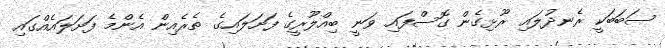
ސަބަބަކީ ރެނދުލައި ރޫޅިގެން ގޮސްފައި ވަނީ ބިއްލޫރީގެ ފަށަލައިގެ ތެރެއިން އެންމެ ފަށަލައެއްގައި